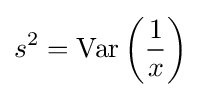
s^{2}=\operatorname {Var} \left({\frac {1}{x}}\right)